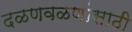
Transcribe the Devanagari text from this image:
दळणवळणांसाठी